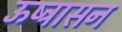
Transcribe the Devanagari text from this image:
ऊष्ट्रासन